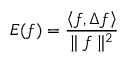
E ( f ) = \frac { \left< f , \Delta f \right> } { \parallel f \parallel ^ { 2 } }